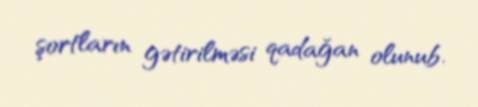
şortların gətirilməsi qadağan olunub.